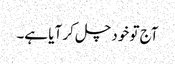
آج تو خود چل کر آیا ہے۔